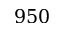
9 5 0